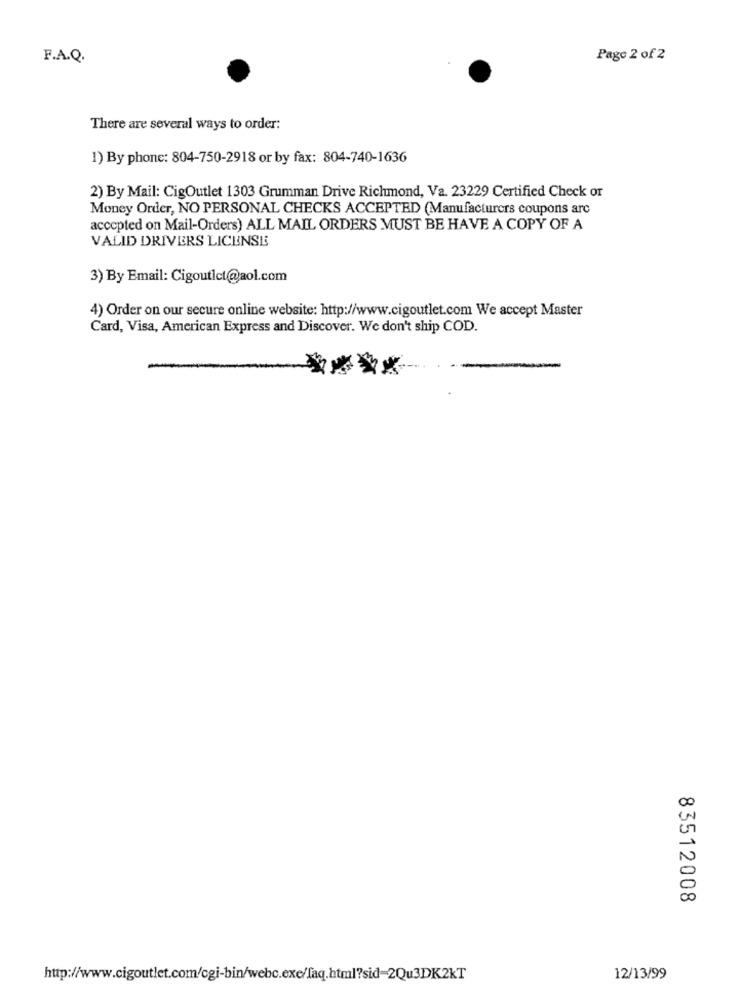
F.A.Q.
Page 2 of 2
There are several ways to order:
1) By phone: 804-750-2918 or by fax: 804-740-1636
2) By Mail: CigOutlet 1303 Grumman Drive Richmond, Va. 23229 Certified Check or
Money Order, NO PERSONAL CHECKS ACCEPTED (Manufacturers coupons arc
accepted on Mail-Orders) ALL MAIL ORDERS MUST BE HAVE A COPY OF A
VALID DRIVERS LICENSE
3) By Email: CigoutIct@aol.com
4) Order on our secure online website: http://www.cigoutlet.com We accept Master
Card, Visa, American Express and Discover. We don't ship COD.
83512008
http://www.cigoutlet.com/cgi-bin/webc.exe/faq.html?sid-2Qu3DK2kT
12/13/99